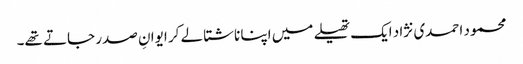
محمود احمدی نژاد ایک تھیلے میں اپنا ناشتا لے کر ایوانِ صدر جاتے تھے۔